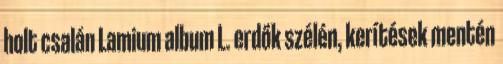
holt csalán Lamium album L. erdők szélén, kerítések mentén